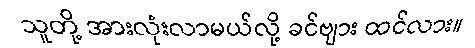
သူတို့ အားလုံးလာမယ်လို့ ခင်ဗျား ထင်လား။